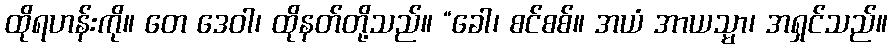
ထိုရဟန်းကို။ တေ ဒေဝါ၊ ထိုနတ်တို့သည်။ “ခေါ၊ စင်စစ်။ အယံ အာယသ္မာ၊ အရှင်သည်။